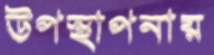
উপস্থাপনায়